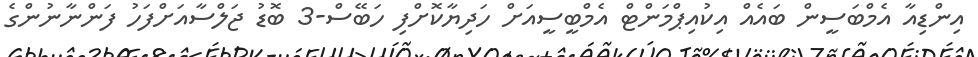
އިންޑިއާ އެމްބަސީން ބައެއް އިކުއިޕްމަންޓް އެމްބީސީއަށް ހަދިޔާކޮށްފި ހަބޭސް-3 ބޮޑު ޖަލްސާއަށްފަހު ފަންނާނުންގެ